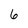
Character: 6